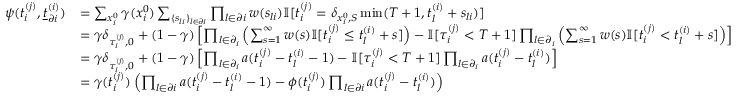
\begin{array} { r } { \begin{array} { r l } { \psi ( t _ { i } ^ { ( j ) } , \underline { { t } } _ { \partial i } ^ { ( i ) } ) } & { = \sum _ { x _ { i } ^ { 0 } } \gamma ( x _ { i } ^ { 0 } ) \sum _ { \{ s _ { l i } \} _ { l \in \partial i } } \prod _ { l \in \partial i } w ( s _ { l i } ) \mathbb { I } [ t _ { i } ^ { ( j ) } = \delta _ { x _ { i } ^ { 0 } , S } \operatorname* { m i n } ( T + 1 , t _ { l } ^ { ( i ) } + s _ { l i } ) ] } \\ & { = \gamma \delta _ { \tau _ { i } ^ { ( j ) } , 0 } + ( 1 - \gamma ) \left[ \prod _ { l \in \partial _ { i } } \left( \sum _ { s = 1 } ^ { \infty } w ( s ) \mathbb { I } [ t _ { i } ^ { ( j ) } \leq t _ { l } ^ { ( i ) } + s ] \right) - \mathbb { I } [ \tau _ { i } ^ { ( j ) } < T + 1 ] \prod _ { l \in \partial _ { i } } \left( \sum _ { s = 1 } ^ { \infty } w ( s ) \mathbb { I } [ t _ { i } ^ { ( j ) } < t _ { l } ^ { ( i ) } + s ] \right) \right] } \\ & { = \gamma \delta _ { \tau _ { i } ^ { ( j ) } , 0 } + ( 1 - \gamma ) \left[ \prod _ { l \in \partial _ { i } } a ( t _ { i } ^ { ( j ) } - t _ { l } ^ { ( i ) } - 1 ) - \mathbb { I } [ \tau _ { i } ^ { ( j ) } < T + 1 ] \prod _ { l \in \partial _ { i } } a ( t _ { i } ^ { ( j ) } - t _ { l } ^ { ( i ) } ) \right] } \\ & { = \gamma ( t _ { i } ^ { ( j ) } ) \left( \prod _ { l \in \partial i } a ( t _ { i } ^ { ( j ) } - t _ { l } ^ { ( i ) } - 1 ) - \phi ( t _ { i } ^ { ( j ) } ) \prod _ { l \in \partial i } a ( t _ { i } ^ { ( j ) } - t _ { l } ^ { ( i ) } ) \right) } \end{array} } \end{array}